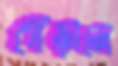
গোঁড়ালে